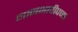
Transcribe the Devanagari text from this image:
मानभावीपणा